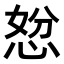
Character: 𭝇